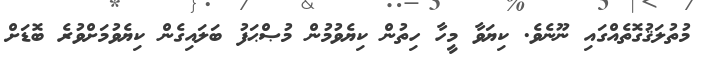
މުތުލަޤުގޮތެއްގައި ނޫނެވެ. ކިޔަވާ މީހާ ހިތުން ކިޔެވުމުން މުޞްޙަފު ބަލައިގެން ކިޔެވުމަށްވުރެ ބޮޑަށް